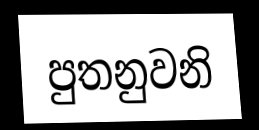
පුතනුවනි